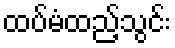
ထပ်မံထည့်သွင်း